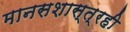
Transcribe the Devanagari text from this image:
मानसशास्त्रही